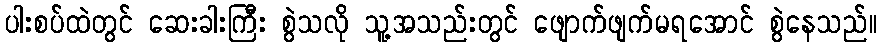
ပါးစပ်ထဲတွင် ဆေးခါးကြီး စွဲသလို သူ့အသည်းတွင် ဖျောက်ဖျက်မရအောင် စွဲနေသည်။